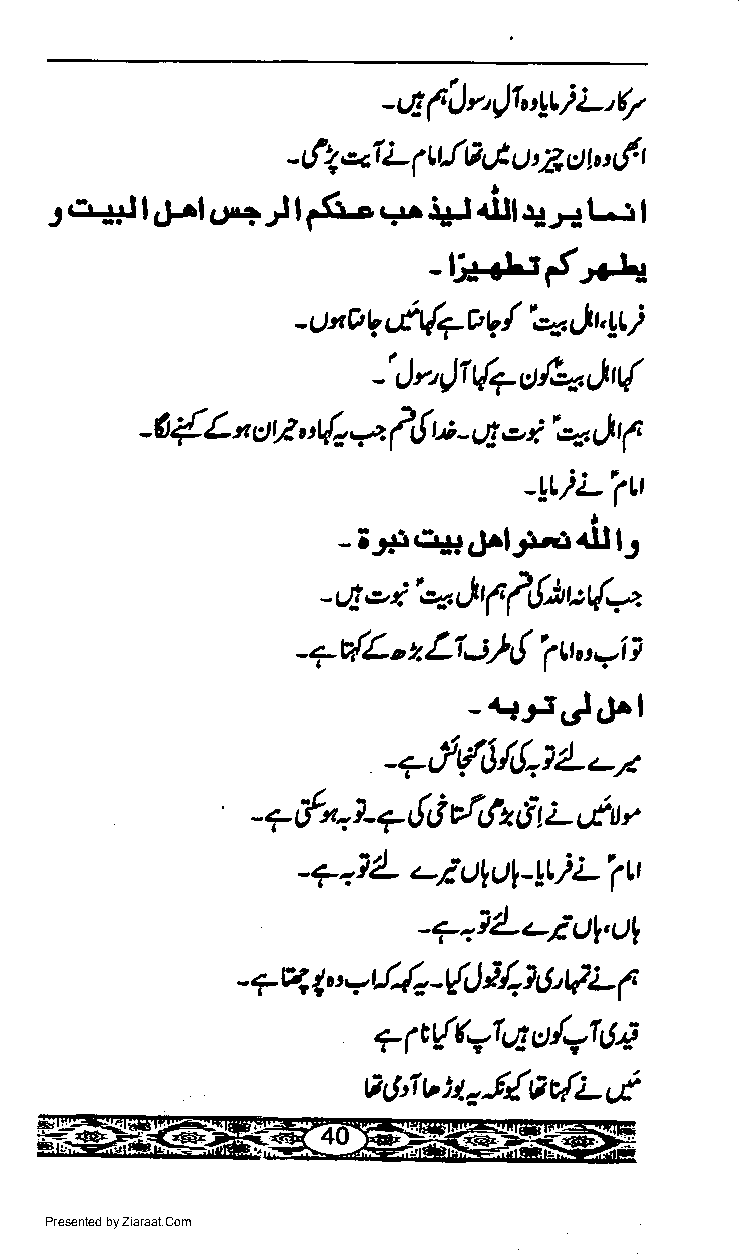
-$(iJr'11'4ri'i-'9,
 - 6Z c1,7L ll A & tt t Z, ct h t 6 r
 9.1 tr I I 4-rl,.r+ J I f.G- r';r i*l lill !iJ+ Ll I
 -[++rFfr.+
 tfl{7a  /'*     )
 - U't O I   b     r}, lt
 -'Jr'JIt{7t/al(
 -a{Lnor?    {.a  /,! w- -r  qrr,1
 tE
 "t
 -LLiLTLl
 - iJ*l,1# ddJr-t th lJ
 -Utt*4'-..11r1il)u{A
 ;}
 7  v{L' L1    {'1 tt,,',-i }
 -      z,
 _4{FJd^l
 -*'J{6/,!.,tL-r
 {        Lunv
 - 7 c{n }- 7 6 dtfz 6- t
 -7.il- ,-;gyul-!LiL'F
 _7.i2_cltJl,t)f
 ?q    y/{a     }{.WVL   f
 _    1,.    -{.)
 ?fi{t=tt6"1''uO
 a,J,rvilr-f{AdL,.t
 Presented by Ziaraat.Com